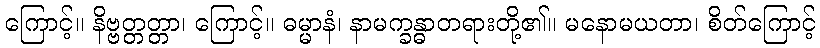
ကြောင့်။ နိဗ္ဗတ္တတ္တာ၊ ကြောင့်။ ဓမ္မာနံ၊ နာမက္ခန္ဓာတရားတို့၏။ မနောမယတာ၊ စိတ်ကြောင့်